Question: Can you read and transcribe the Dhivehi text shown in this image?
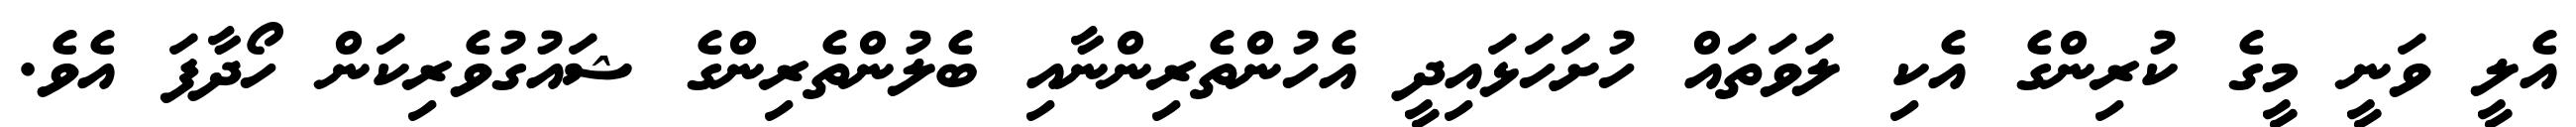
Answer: އެލީ ވަނީ މީގެ ކުރިންގެ އެކި ލަވަތައް ހުށަހަޅައިދީ އެހުންތެރިންނާއި ބެލުންތެރިންގެ ޝައުގުވެރިކަން ހޯދާފަ އެވެ.